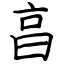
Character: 亯